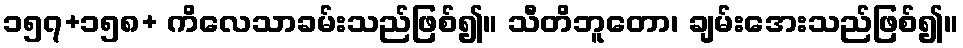
၁၅၇+၁၅၈+ ကိလေသာခမ်းသည်ဖြစ်၍။ သီတိဘူတော၊ ချမ်းအေးသည်ဖြစ်၍။